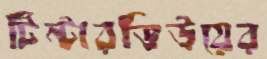
টিন্টারভিউয়ের